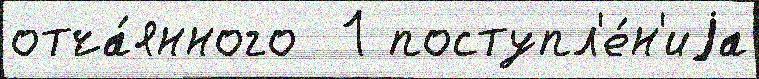
отча́янного  1 поступл'е́н'иjа